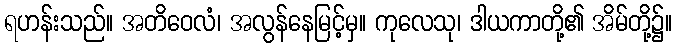
ရဟန်းသည်။ အတိဝေလံ၊ အလွန်နေမြင့်မှ။ ကုလေသု၊ ဒါယကာတို့၏ အိမ်တို့၌။